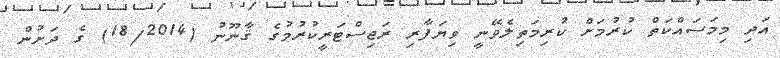
އަދި މިމަސައްކަތް ކުރުމަށް ކުރިމަތިލެވޭނީ ވިޔަފާރި ރަޖިސްޓަރީކުރުމުގެ ޤާނޫނު (18/2014) ގެ ދަށުން